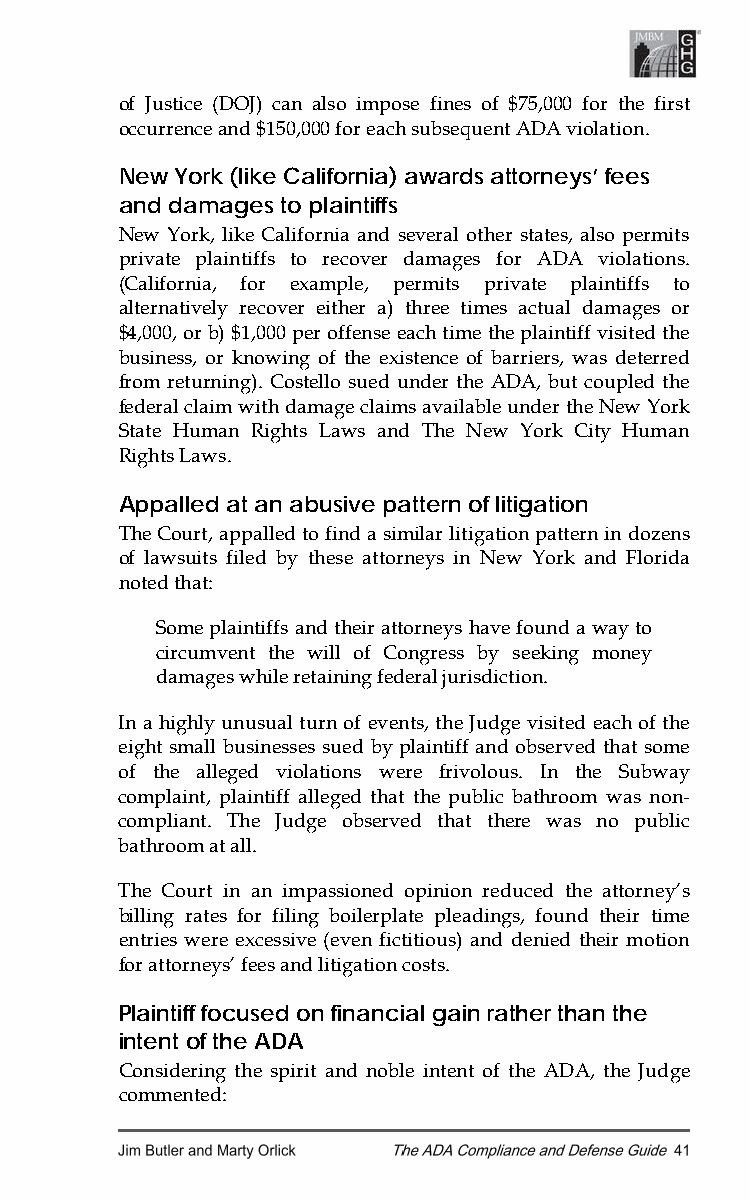
of Justice (DOJ) can also impose fines of $75,000 for the first
 occurrence and $150,000 for each subsequent ADA violation.
 New York (like California) awards attorneys’ fees
 and damages to plaintiffs
 New York, like California and several other states, also permits
 private plaintiffs to recover damages for ADA violations.
 (California, for example, permits private plaintiffs to
 alternatively recover either a) three times actual damages or
 $4,000, or b) $1,000 per offense each time the plaintiff visited the
 business, or knowing of the existence of barriers, was deterred
 from returning). Costello sued under the ADA, but coupled the
 federal claim with damage claims available under the New York
 State Human Rights Laws and The New York City Human
 Rights Laws.
 Appalled at an abusive pattern of litigation
 The Court, appalled to find a similar litigation pattern in dozens
 of lawsuits filed by these attorneys in New York and Florida
 noted that:
 Some plaintiffs and their attorneys have found a way to
 circumvent the will of Congress by seeking money
 damages while retaining federal jurisdiction.
 In a highly unusual turn of events, the Judge visited each of the
 eight small businesses sued by plaintiff and observed that some
 of the alleged violations were frivolous. In the Subway
 complaint, plaintiff alleged that the public bathroom was non-
 compliant. The Judge observed that there was no public
 bathroom at all.
 The Court in an impassioned opinion reduced the attorney’s
 billing rates for filing boilerplate pleadings, found their time
 entries were excessive (even fictitious) and denied their motion
 for attorneys’ fees and litigation costs.
 Plaintiff focused on financial gain rather than the
 intent of the ADA
 Considering the spirit and noble intent of the ADA, the Judge
 commented: